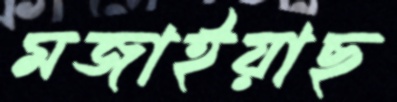
মজাইয়াছ